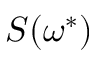
\boldsymbol { S } ( \omega ^ { * } )